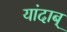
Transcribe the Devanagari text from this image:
यांदाब्